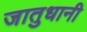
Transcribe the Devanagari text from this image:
जातुधानी